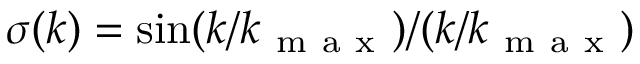
\sigma ( k ) = \sin ( k / k _ { \mathrm { ~ m ~ a ~ x ~ } } ) / ( k / k _ { \mathrm { ~ m ~ a ~ x ~ } } )